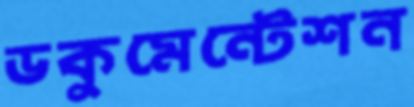
ডকুমেন্টেশন